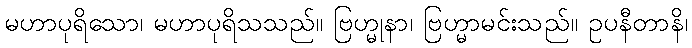
မဟာပုရိသော၊ မဟာပုရိသသည်။ ဗြဟ္မုနာ၊ ဗြဟ္မာမင်းသည်။ ဥပနီတာနိ၊